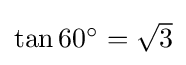
{\textstyle \tan {60^{\circ }}={\sqrt {3}}}